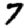
Digit: 7